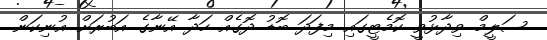
ސަލީމް ވިދާޅުވީ ކޮމެޓީގައި މިފަދަ ބޮޑު ދޮގެއް ހަދާ އޭނާގެ އަބުރަށް އުނިކަން